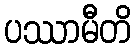
ပဿာမီတိ